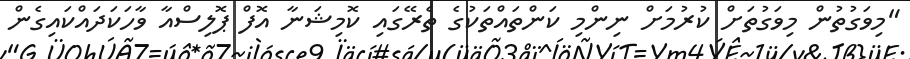
"މިވަގުތުން މިވަގުތަށް ކުރުމަށް ނިންމި ކަންތައްތަކުގެ ތެރޭގައި ކޮމިޝަނާ އޮފް ޕޮލިސްއާ ވާހަކަދައްކައިގެން